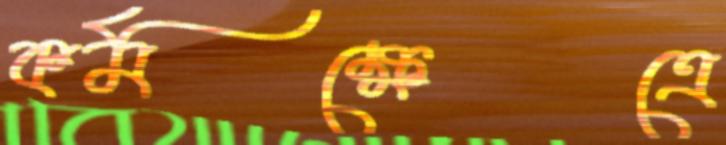
কর্মক্ষেত্রে